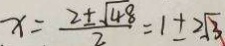
x = \frac { 2 \pm \sqrt { 4 8 } } { 2 } = 1 \pm 2 \sqrt { 3 }